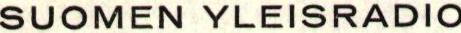
SUOMEN YLEISRADIO